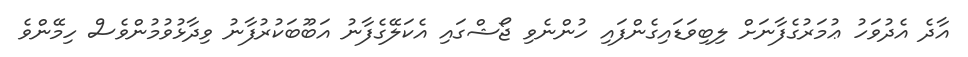
އާދެ އެދުވަހު ޢުމަރުގެފާނަށް ލިބިވަޑައިގެންފައި ހުންނެވި ޖޯޝްގައި އެކަލޭގެފާނު އަބޫބަކުރުފާނު ވިދާޅުވުމުންވެސް ހިމޭންވެ